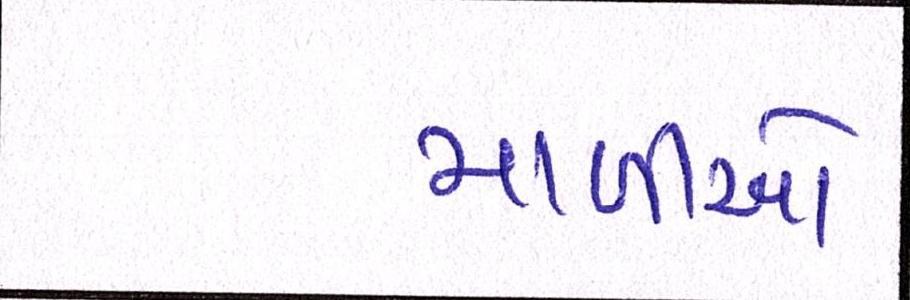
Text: માળીઓ